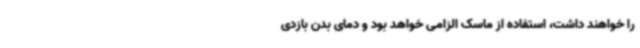
را خواهند داشت، استفاده از ماسک الزامی خواهد بود و دمای بدن بازدی